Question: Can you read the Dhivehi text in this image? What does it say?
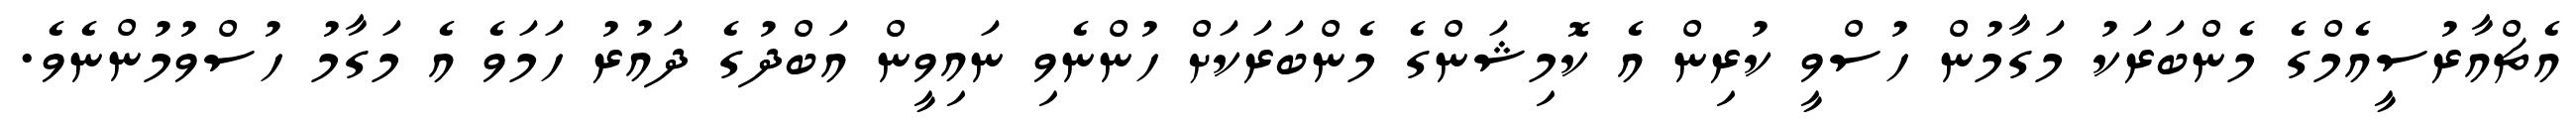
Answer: އެޗްއާރުސީއެމްގެ މެންބަރަކު މަގާމުން ހުސްވީ ކުރިން އެ ކޮމިޝަންގެ މެންބަރަކަށް ހުންނެވި ނައިވީން އަބްދުގެ ދައުރު ހަމަވެ އެ މަގާމު ހުސްވުމުންނެވެ.